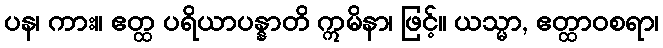
ပန၊ ကား။ ဧတ္ထ ပရိယာပန္နာတိ ဣမိနာ၊ ဖြင့်။ ယသ္မာ, ဧတ္ထာဝစရာ၊